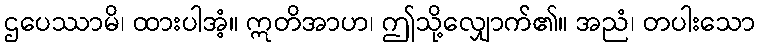
ဌပေဿာမိ၊ ထားပါအံ့။ ဣတိအာဟ၊ ဤသို့လျှောက်၏။ အညံ၊ တပါးသော